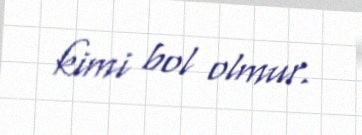
kimi bol olmur.